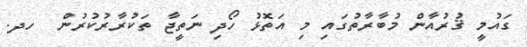
ގައުމީ ޤުރުއާން މުބާރާތުގައި މި އަތޮޅު ހޯދި ނަތީޖާ ތަކުރާރުކުރުން  ހދ.